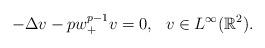
LaTeX: \begin{align*}-\Delta v-pw^{p-1}_+v=0, \ \ v\in L^{\infty}(\mathbb{R}^2).\end{align*}